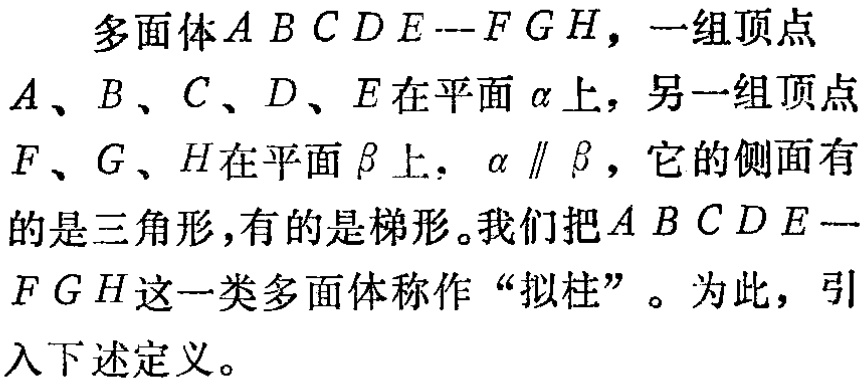
多面体\(ABCDE - FGH\)，一组顶点
\(A\)、\(B\)、\(C\)、\(D\)、\(E\)在平面\(\alpha\)上，另一组顶点
\(F\)、\(G\)、\(H\)在平面\(\beta\)上，\(\alpha \parallel \beta\)，它的侧面有
的是三角形，有的是梯形。我们把\(ABCDE -\)
\(FGH\)这一类多面体称作“拟柱”。为此，引
入下述定义。